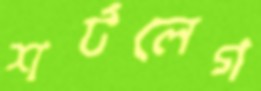
শর্টলেগ